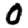
Digit: 0